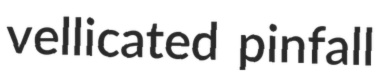
vellicated pinfall